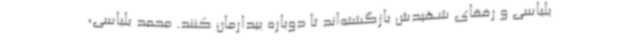
بلباسی و رفقای شهیدش بازگشته‌اند تا دوباره بیدارمان کنند. محمد بلباسی،